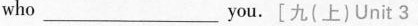
who___you.[九(上)Unit 3